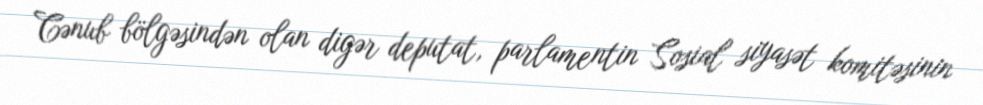
Cənub bölgəsindən olan digər deputat, parlamentin Sosial siyasət komitəsinin